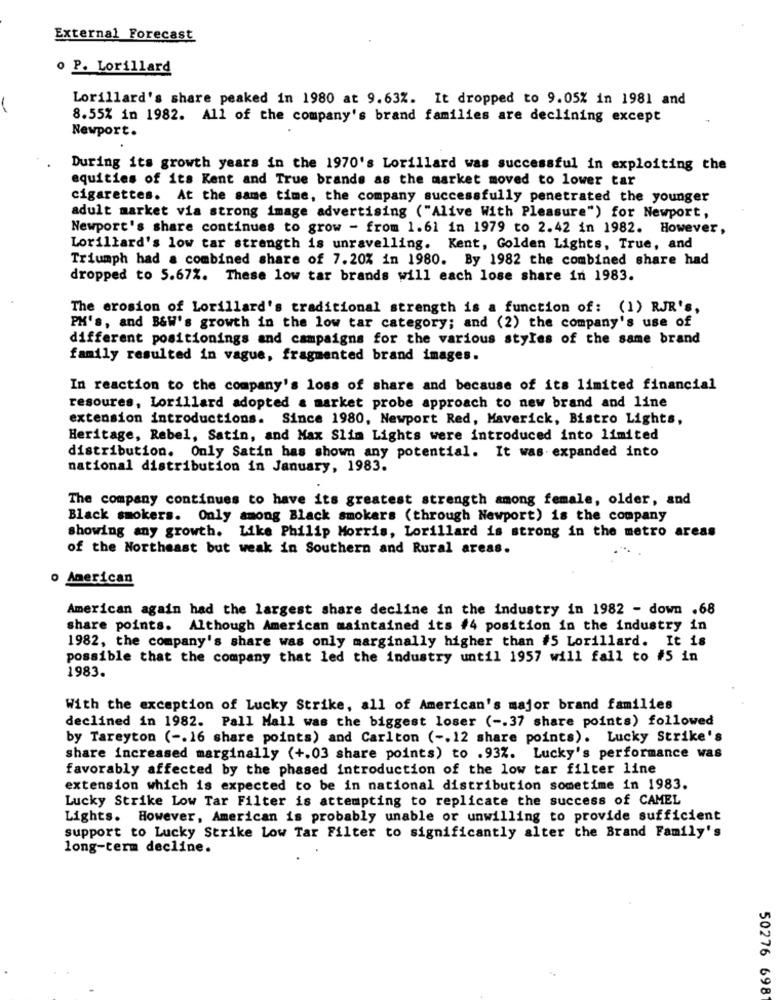
External Forecast
o P. Lorillard
Lorillard's share peaked in 1980 at 9.63%. It dropped to 9.05% in 1981 and
8.55% in 1982. All of the company's brand families are declining except
Newport.
During its growth years in the 1970's Lorillard was successful in exploiting the
equities of its Kent and True brands as the market moved to lower tar
cigarettes. At the same time, the company successfully penetrated the younger
adult market via strong image advertising ("Alive With Pleasure") for Newport,
Newport's share continues to grow - from 1.61 in 1979 to 2.42 in 1982. However,
Lorillard's low tar strength is unravelling. Kent, Golden Lights, True, and
Triumph had a combined share of 7.20% in 1980. By 1982 the combined share had
dropped to 5.67%. These low tar brands will each lose share in 1983.
The erosion of Lorillard's traditional strength is a function of: (1) RJR's,
PM's, and B&W's growth in the low tar category; and (2) the company's use of
different positionings and campaigns for the various styles of the same brand
family resulted in vague, fragmented brand images.
In reaction to the company's loss of share and because of its limited financial
resoures, Lorillard adopted a market probe approach to new brand and line
extension introductions. Since 1980, Newport Red, Maverick, Bistro Lights,
Heritage, Rebel, Satin, and Max Slim Lights were introduced into limited
distribution. Only Satin has shown any potential. It was expanded into
national distribution in January, 1983.
The company continues to have its greatest strength among female, older, and
Black smokers. Only among Black smokers (through Newport) is the company
showing any growth. Like Philip Morris, Lorillard is strong in the metro areas
of the Northeast but weak in Southern and Rural areas.
o American
American again had the largest share decline in the industry in 1982 - down .68
share points. Although American maintained its #4 position in the industry in
1982, the company's share was only marginally higher than #5 Lorillard. It is
possible that the company that led the industry until 1957 will fall to #5 in
1983.
With the exception of Lucky Strike, all of American's major brand families
declined in 1982. Pall Mall was the biggest loser ( -. 37 share points) followed
by Tareyton ( -. 16 share points) and Carlton ( -. 12 share points). Lucky Strike's
share increased marginally (+.03 share points) to .93%. Lucky's performance was
favorably affected by the phased introduction of the low tar filter line
extension which is expected to be in national distribution sometime in 1983.
Lucky Strike Low Tar Filter is attempting to replicate the success of CAMEL
Lights. However, American is probably unable or unwilling to provide sufficient
support to Lucky Strike Low Tar Filter to significantly alter the Brand Family's
long-term decline.
50276 698